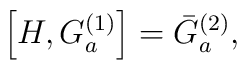
\left[ H,G_{a}^{(1)}\right] =\bar{G}_{a}^{(2)},